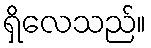
ရှိလေသည်။